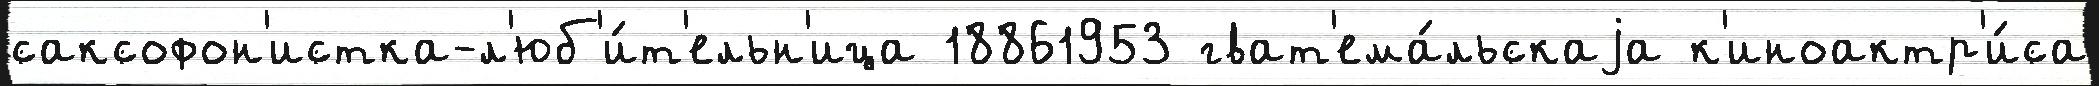
саксофон'истка-л'юб'и́т'ельн'ица 18861953 гват'ема́льскаjа к'иноактр'и́са